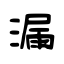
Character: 漏